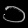
Digit: ၁